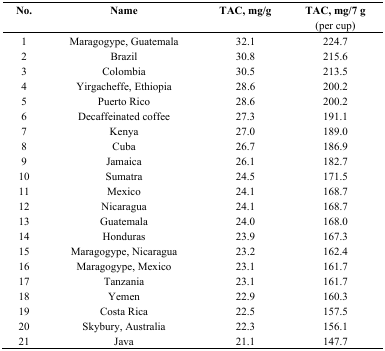
<table><thead><tr><td><b>No.</b></td><td><b>Name</b></td><td><b>TAC, mg/g</b></td><td><b>TAC, mg/7 g</b></td></tr><tr><td></td><td></td><td></td><td><b>(per cup)</b></td></tr></thead><tbody><tr><td>1</td><td>Maragogype, Guatemala</td><td>32.1</td><td>224.7</td></tr><tr><td>2</td><td>Brazil</td><td>30.8</td><td>215.6</td></tr><tr><td>3</td><td>Colombia</td><td>30.5</td><td>213.5</td></tr><tr><td>4</td><td>Yirgacheffe, Ethiopia</td><td>28.6</td><td>200.2</td></tr><tr><td>5</td><td>Puerto Rico</td><td>28.6</td><td>200.2</td></tr><tr><td>6</td><td>Decaffeinated coffee</td><td>27.3</td><td>191.1</td></tr><tr><td>7</td><td>Kenya</td><td>27.0</td><td>189.0</td></tr><tr><td>8</td><td>Cuba</td><td>26.7</td><td>186.9</td></tr><tr><td>9</td><td>Jamaica</td><td>26.1</td><td>182.7</td></tr><tr><td>10</td><td>Sumatra</td><td>24.5</td><td>171.5</td></tr><tr><td>11</td><td>Mexico</td><td>24.1</td><td>168.7</td></tr><tr><td>12</td><td>Nicaragua</td><td>24.1</td><td>168.7</td></tr><tr><td>13</td><td>Guatemala</td><td>24.0</td><td>168.0</td></tr><tr><td>14</td><td>Honduras</td><td>23.9</td><td>167.3</td></tr><tr><td>15</td><td>Maragogype, Nicaragua</td><td>23.2</td><td>162.4</td></tr><tr><td>16</td><td>Maragogype, Mexico</td><td>23.1</td><td>161.7</td></tr><tr><td>17</td><td>Tanzania</td><td>23.1</td><td>161.7</td></tr><tr><td>18</td><td>Yemen</td><td>22.9</td><td>160.3</td></tr><tr><td>19</td><td>Costa Rica</td><td>22.5</td><td>157.5</td></tr><tr><td>20</td><td>Skybury, Australia</td><td>22.3</td><td>156.1</td></tr><tr><td>21</td><td>Java</td><td>21.1</td><td>147.7</td></tr></tbody></table>